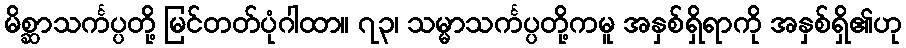
မိစ္ဆာသင်္ကပ္ပတို့ မြင်တတ်ပုံဂါထာ။ ၇၃၊ သမ္မာသင်္ကပ္ပတို့ကမူ အနှစ်ရှိရာကို အနှစ်ရှိ၏ဟု